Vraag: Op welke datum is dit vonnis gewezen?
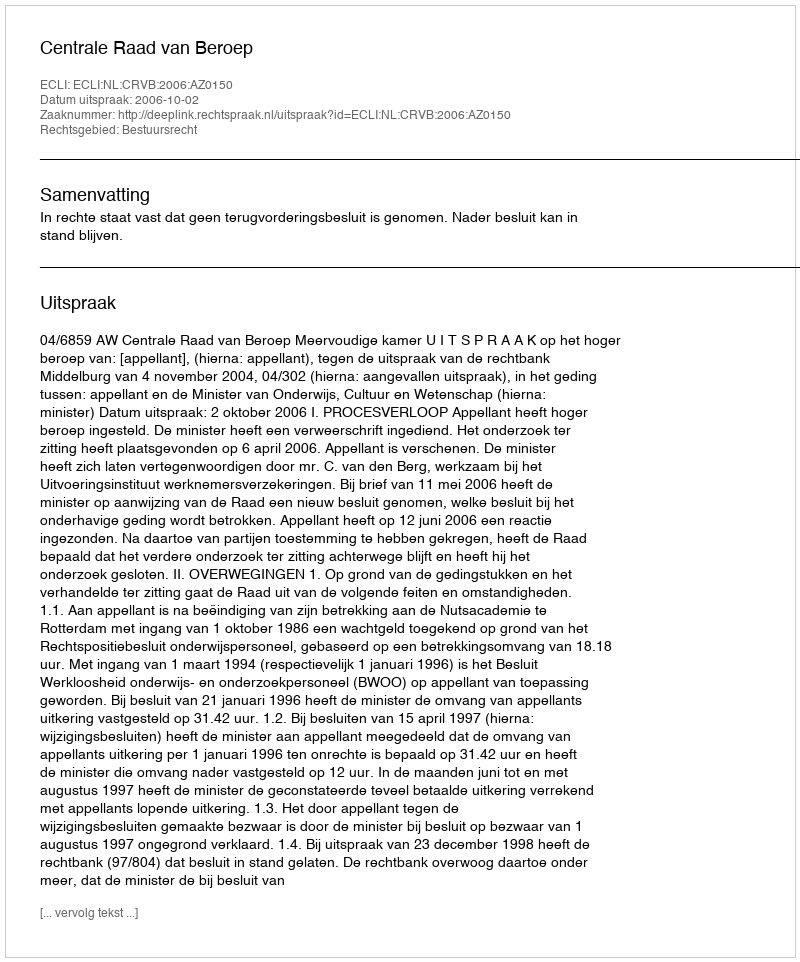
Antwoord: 2006-10-02